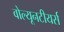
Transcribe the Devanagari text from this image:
वोल्यूनटीयर्स